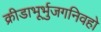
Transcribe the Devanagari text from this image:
क्रीडाभूर्भुजगनिवहो